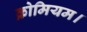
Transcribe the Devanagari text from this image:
क्रोमियम।